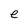
Character: e